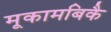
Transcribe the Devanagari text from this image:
मूकामबिकै